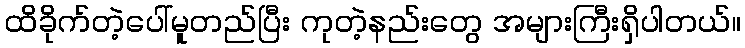
ထိခိုက်တဲ့ပေါ်မူတည်ပြီး ကုတဲ့နည်းတွေ အများကြီးရှိပါတယ်။